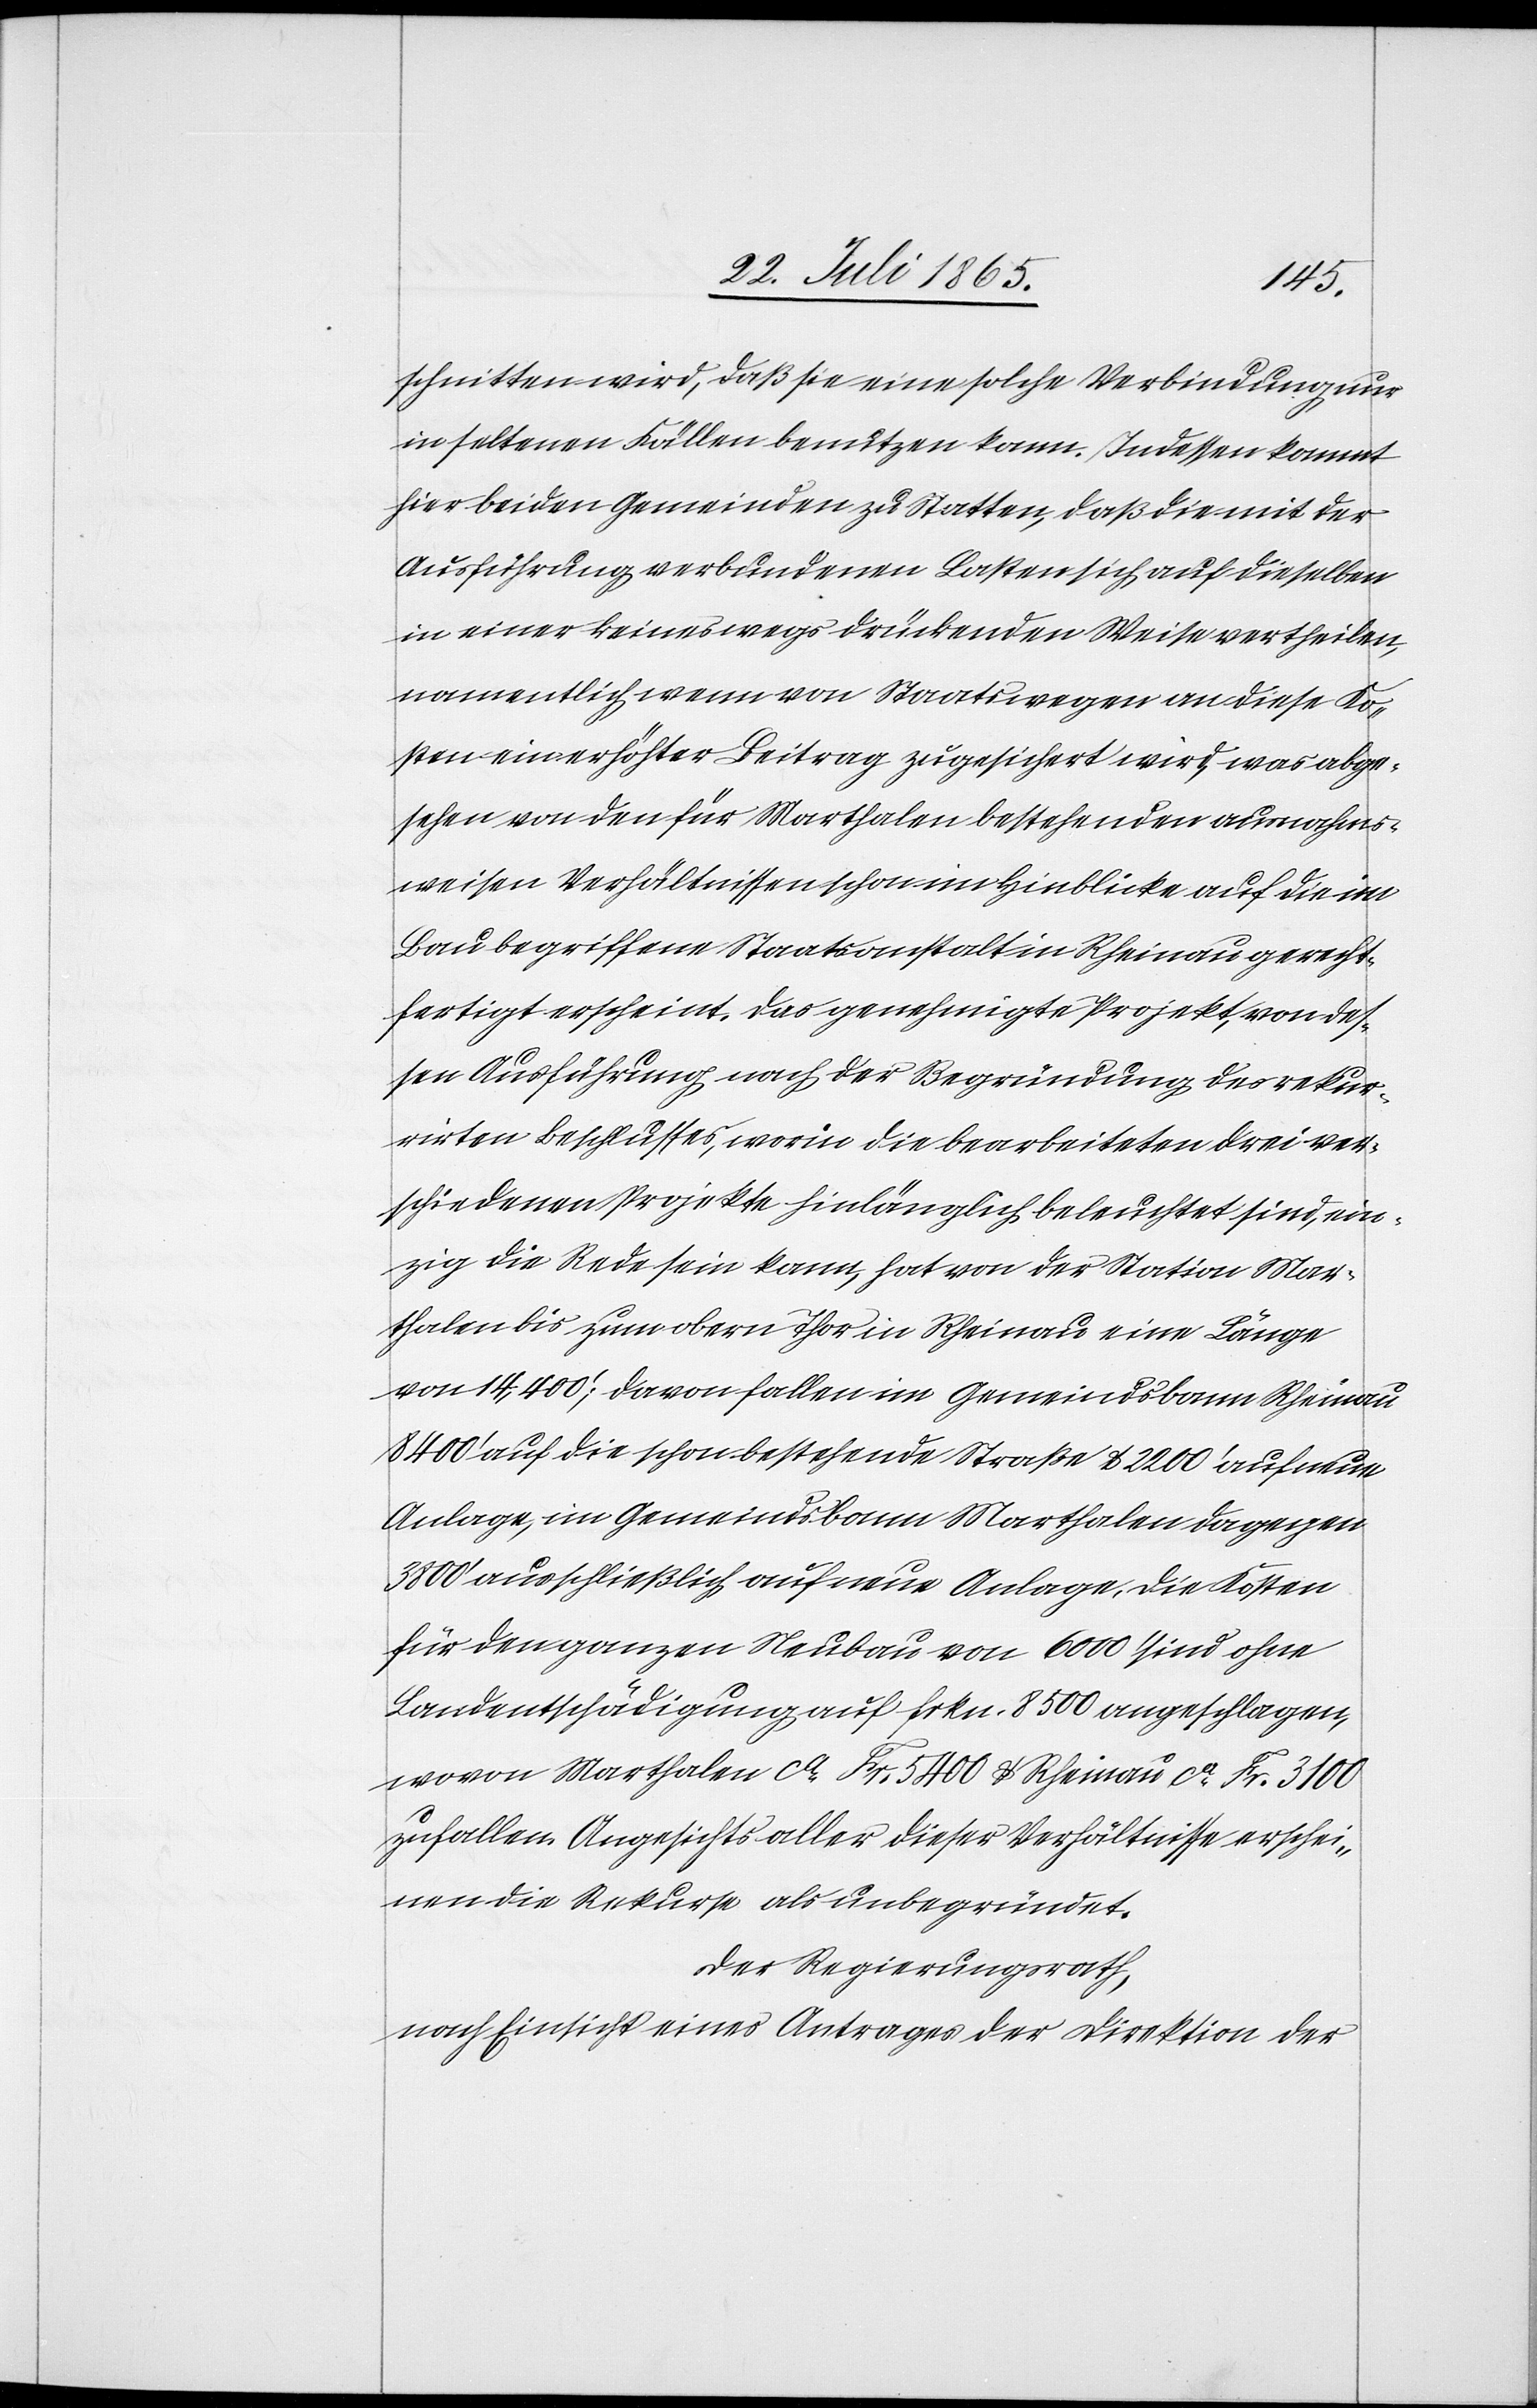
schnitten wird, das sie eine solche Verbindung nur
in seltenen Fällen benutzen kann. Indessen kommt
hier bei den Gemeinden zu Statten, daß die mit der
Ausführung verbundenen Lasten sich auf dieselben
in einer keineswegs drückenden Weise vertheilen,
namentlich wenn von Staatswegen an diese Ko¬
sten ein erhöhter Beitrag zugesichert wird, was abge¬
sehen von den für Marthalen bestehenden ausnahms¬
weisen Verhältnissen schon im Hinblicke auf die im
Bau begriffene Staatsanstalt in Rheinau gerecht¬
fertigt erscheint. Das genehmigte Projekt, von des¬
sen Ausführung nach der Begründung des rekur¬
rirten Beschlusses, worin die bearbeiteten drei ver¬
schiedenen Projekte hinlänglich beleuchtet sind, ein¬
zig die Rede sein kann, hat von der Station Mar¬
thalen bis zum obern Thor in Rheinau eine Länge
von 14,400’; davon fallen im Gemeindsbann Rheinau
8400’ auf die schon bestehende Straße u. 2200’ auf neue
Anlage, im Gemeindsbann Marthalen dagegen
3800’ ausschließlich auf neue Anlage, die Kosten
für den ganzen Neubau von 6000’ sind ohne
Landentschädigung auf Frkn. 8500 angeschlagen,
wovon Marthalen ca Fr. 5400 u. Rheinau ca Fr. 3100
zufallen. Angesichts aller dieser Verhältnisse erschei¬
nen die Rekurse als unbegründet
Der Regierungsrath,
nach Einsicht eines Antrages der Direktion der